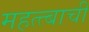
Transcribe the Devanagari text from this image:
महत्त्बाची